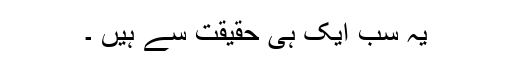
یہ سب ایک ہی حقیقت سے ہیں ۔